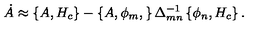
\dot { A } \approx \left\{ A , H _ { c } \right\} - \left\{ A , \phi _ { m } , \right\} \Delta _ { m n } ^ { - 1 } \left\{ \phi _ { n } , H _ { c } \right\} .